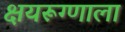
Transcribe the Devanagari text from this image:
क्षयरूग्णाला